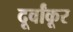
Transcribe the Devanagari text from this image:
दूर्वांकूर